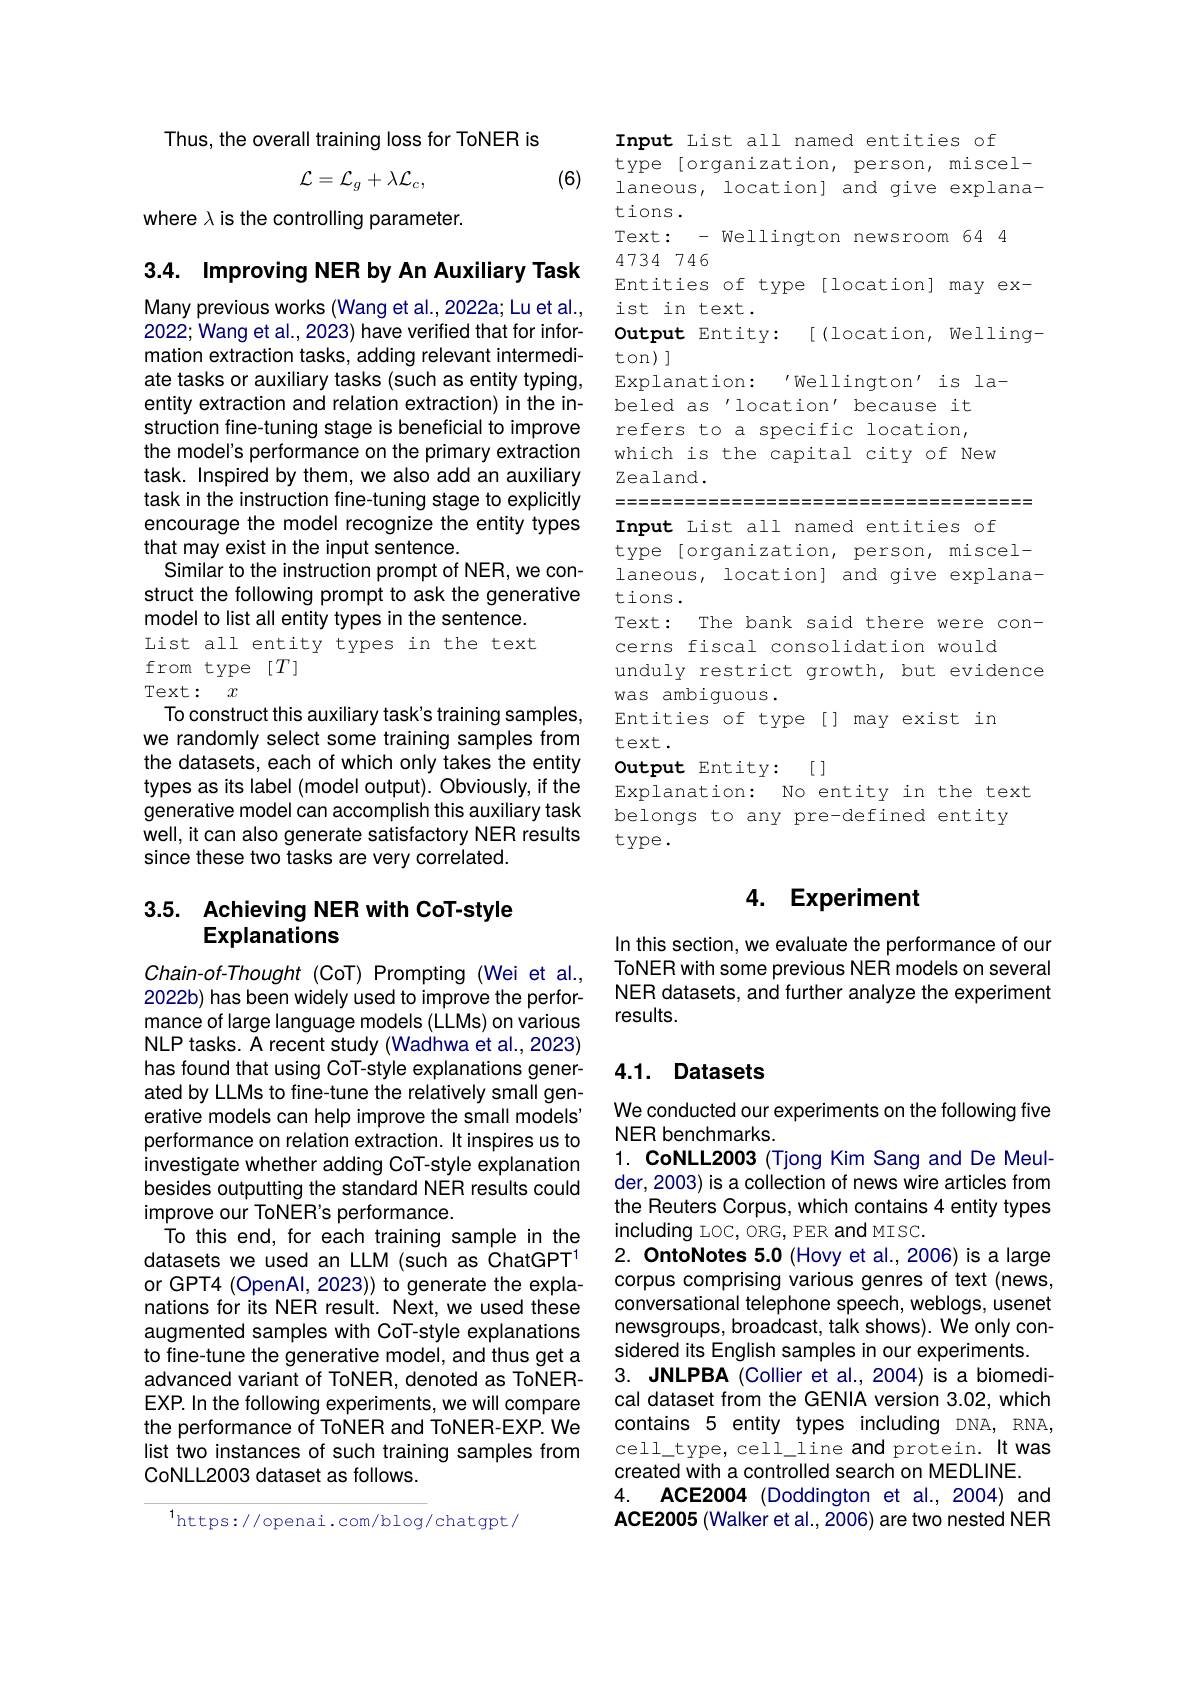
Thus, the overall training loss for ToNER is

(6)
$$\mathcal{L}=\mathcal{L}_g+\lambda\mathcal{L}_c,$$
where $\lambda$ is the controlling parameter.

3.4. Improving NER by An Auxiliary Task

Many previous works (Wang et al., 20222a; Lu et al., 2022; Wang et al., 2023) have verified that for information extraction tasks, adding relevant intermediate tasks or auxiliary tasks (such as entity typing, entity extraction and relation extraction) in the instruction fine-tuning stage is beneficial to improve the model's performance on the primary extraction task. Inspired by them, we also add an auxiliary task in the instruction fine-tuning stage to explicitly encourage the model recognize the entity types that may exist in the input sentence.
Similar to the instruction prompt of NER, we construct the following prompt to ask the generative model to list all entity types in the sentence. List all entity types in the text from type $[T]$

Text: $x$
To construct this auxiliary task's training samples, we randomly select some training samples from the datasets, each of which only takes the entity types as its label (model output). Obviously, if the generative model can accomplish this auxiliary task well, it can also generate satisfactory NER results since these two tasks are very correlated.

## 3.5. Achieving NER with CoT-style Explanations

Chain-of-Thought (CoT) Prompting (Wei et al., 2022b) has been widely used to improve the performance of large language models (LLMs) on various NLP tasks. A recent study (Wadhwa et al.,2023) has found that using CoT-style explanations generated by LLMs to fine-tune the relatively small generative models can help improve the small models' performance on relation extraction. It inspires us to investigate whether adding CoT-style explanation besides outputting the standard NER results could improve our ToNER's performance.
To this end, for each training sample in the datasets we used an LLM (such as ChatGPT$^{1}$ or GPT4 (OpenAl, 2023)) to generate the explanations for its NER result. Next, we used these augmented samples with CoT-style explanations to fine-tune the generative model, and thus get a advanced variant of ToNER, denoted as ToNEREXP. In the following experiments, we will compare the performance of ToNER and ToNER-EXP. We list two instances of such training samples from CoNLL2003 dataset as follows.

$^{1}$https://openai.com/blog/chatgpt/

Input List all named entities of
type [organization, person, miscellaneous, location] and give explanations.
Text: - Wellington newsroom 64
4734746
Entities of type [location] may ex-
ist in text .
[ (10cation, welling-
Output Entity:
$\tan)]$
$^{\prime}$Wellington'is la-
$\operatorname{Explanation}:$
beled as'location' because it refers to a specific location, which is the capital city of New
Zealand.
Input List all named entities of
type [organization, person, miscellaneous, location] and give explanations. Text:
The bank said there were con-
cerns fiscal consolidation would
unduly restrict growth, but evidence
was ambiguous .
Entities of type[] may exist in
text.
[[ ]
Output Entity:
Explanation: No entity in the text
belongs to any pre-defined entity
$tYpe.$

## 4. Experiment

In this section, we evaluate the performance of our ToNER with some previous NER models on several NER datasets, and further analyze the experiment results.

# 4.1. Datasets

We conducted our experiments on the following five
NER benchmarks.
1. CoNLL2003 (Tjong Kim Sang and De Meulder, 2003) is a collection of news wire articles from the Reuters Corpus, which contains 4 entity types including LOC, ORG, PER and MISC.
2. OntoNotes 5.0 (Hovy et al.,2006) is a large corpus comprising various genres of text (news, conversational telephone speech, weblogs, usenet newsgroups, broadcast, taik shows). We only considered its English samples in our experiments.
3. JNLPBA (Collier et al., 2004) is a biomedical dataset from the GENIA version 3.02, which contains 5 entity types including DNA, RNA, cell\_type, cell\_line and protein. It was created with a controlled search on MEDLINE.
4. ACE2004(Doddington et al.,2004) and ACE2005 (Walker et al., 2006) are two nested NER